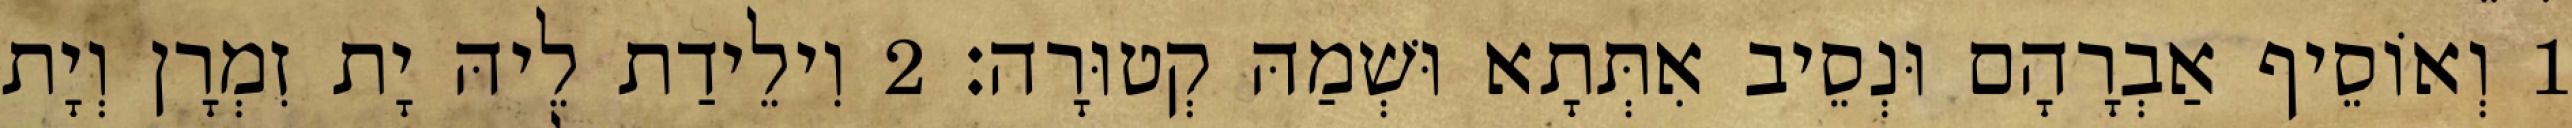
1 וְאוֹסֵיף אַבְרָהָם וּנְסֵיב אִתְּתָא וּשְׁמַהּ קְטוּרָה׃ 2 וִילֵידַת לֵיהּ יָת זִמְרָן וְיָת